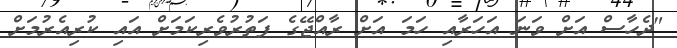
"ދެހާސް އަށް ވަނަ އަހަރާއި ހަމަ އަށް ރާއްޖޭގެ ފަތުރުވެރިކަމަށް އައި ކުރިއެރުމަށް